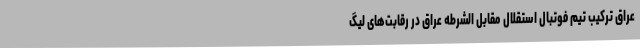
عراق ترکیب تیم فوتبال استقلال مقابل الشرطه عراق در رقابت‌های لیگ